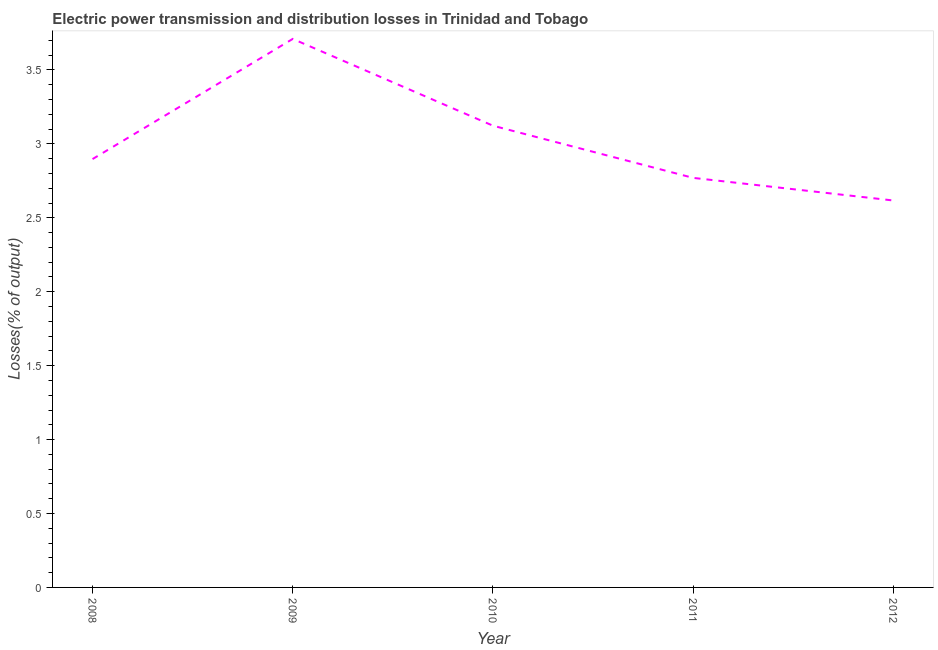
| Year | Electric power transmission and distribution losses |
 | --- | --- |
 | 2008 | 2.9 |
 | 2009 | 3.71 |
 | 2010 | 3.12 |
 | 2011 | 2.77 |
 | 2012 | 2.62 |